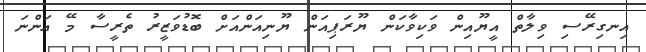
އިނގިރޭސި ވިލާތް އީޔޫއިން ވަކިވާކަން ޔޫރަޕިއަން ޔޫނިއަންއަށް ބޮޑުވަޒީރު ތެރީސާ މޭ އަންނަ